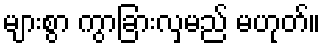
များစွာ ကွာခြားလှမည် မဟုတ်။